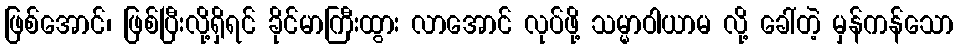
ဖြစ်အောင်၊ ဖြစ်ပြီးလို့ရှိရင် ခိုင်မာကြီးထွား လာအောင် လုပ်ဖို့ သမ္မာဝါယာမ လို့ ခေါ်တဲ့ မှန်ကန်သော